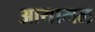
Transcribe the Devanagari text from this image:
आयामल